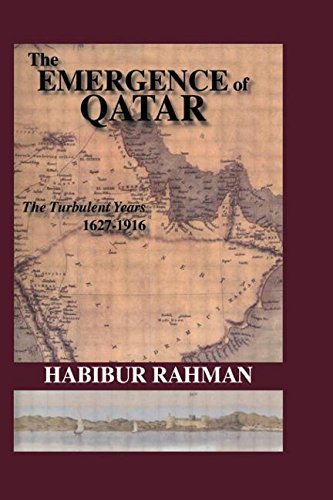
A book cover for The Emergence Of Qatar; Habibur Rahman; History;